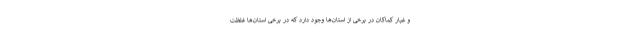
و غبار کماکان در برخی از استان‌ها وجود دارد که در برخی استان‌ها غلظت